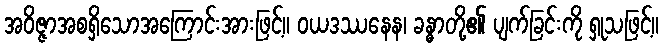
အဝိဇ္ဇာအစရှိသောအကြောင်းအားဖြင့်။ ဝယဒဿနေန၊ ခန္ဓာတို့၏ ပျက်ခြင်းကို ရှုသဖြင့်။